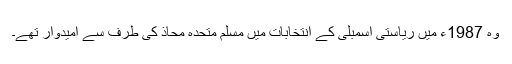
وہ 1987ء میں ریاستی اسمبلی کے انتخابات میں مسلم متحدہ محاذ کی طرف سے امیدوار تھے۔